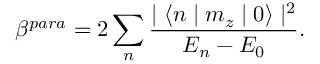
\beta ^ { p a r a } = 2 \sum _ { n } \frac { \mid \langle n \mid m _ { z } \mid 0 \rangle \mid ^ { 2 } } { { \cal E } _ { n } - { \cal E } _ { 0 } } .